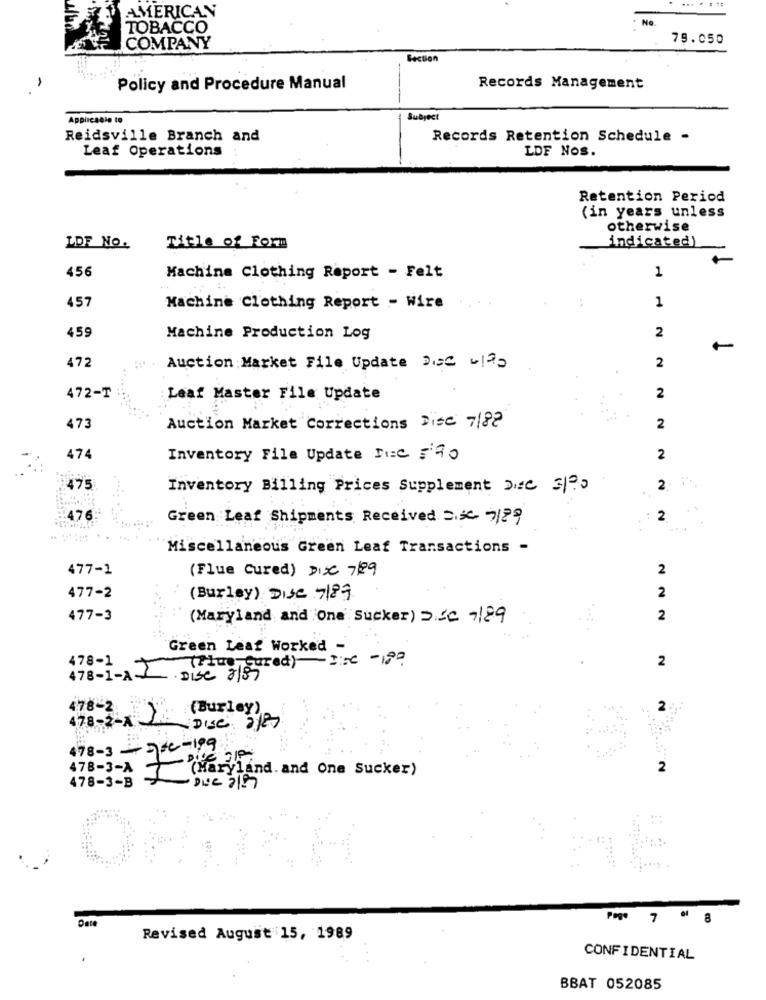
AMERICAN
......
No.
TOBACCO
79.050
COMPANY
Section
Policy and Procedure Manual
Records Management
Applicable to
Subject
Reidsville Branch and
Records Retention Schedule -
Leaf Operations
LOF Nos.
Retention Period
(in years unless
otherwise
indicated)
LDF No.
Title of Form
456
1
Machine Clothing Report - Felt
457
1
Machine Clothing Report - Wire
459
Machine Production Log
2
472
Auction Market File Update DEC .12.
2
472-T
Leaf Master File Update
2
473
Auction Market Corrections Disc 7/82
2
474
Inventory File Update DC ='90
2
475
Inventory Billing Prices Supplement Di=C 3/ ?,
2
476
Green Leaf Shipments Received .SC. 7/ ??
2
Miscellaneous Green Leaf Transactions -
477-1
(Flue Cured) DIX 729
2
2
477-2
(Burley) DISC 7187
477-3
(Maryland and One Sucker) DCC 189
2
Green Leaf Worked
478-1
cured)2:50 -18
2
478-1-A
.DISC 8187
478-2:
(Burley)
2
478-2-X
DISC 2/80
478-3- 24-199
478-3-A
(Maryland. and One Sucker)
2
478-3-B
Date
Page 7 º 8
Revised August 15, 1989
CONFIDENTIAL
BBAT 052085